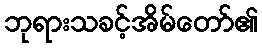
ဘုရားသခင့်အိမ်တော်၏